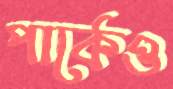
পার্কেও